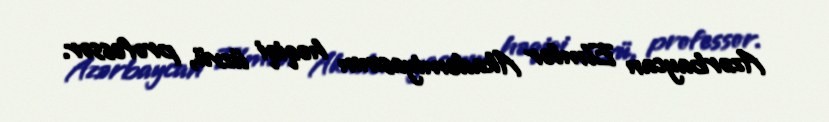
Azərbaycan Elmlər Akademiyasının həqiqi üzvü, professor.